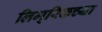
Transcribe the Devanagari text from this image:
लिम्‌रिकच्या